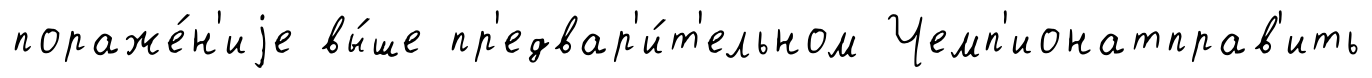
пораже́н'иjе вы́ше пр'едвар'и́т'ельном Чемп'ионатправ'ить